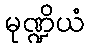
မုဏ္ဍိယံ